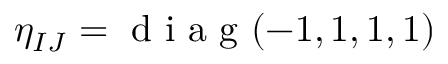
\eta _ { I J } = \mathrm { ~ d ~ i ~ a ~ g ~ } ( - 1 , 1 , 1 , 1 )